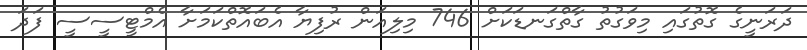
ދަރަނީގެ ގޮތުގައި މިވަގުތު ގާތްގަނޑަކަށް 746 މިލިއަން ރުފިޔާ އެބައޮތްކަމަށާ އެމްޓީސީސީ ފަދަ